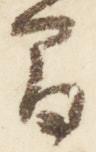
間